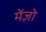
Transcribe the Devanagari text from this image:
मेंज़ो